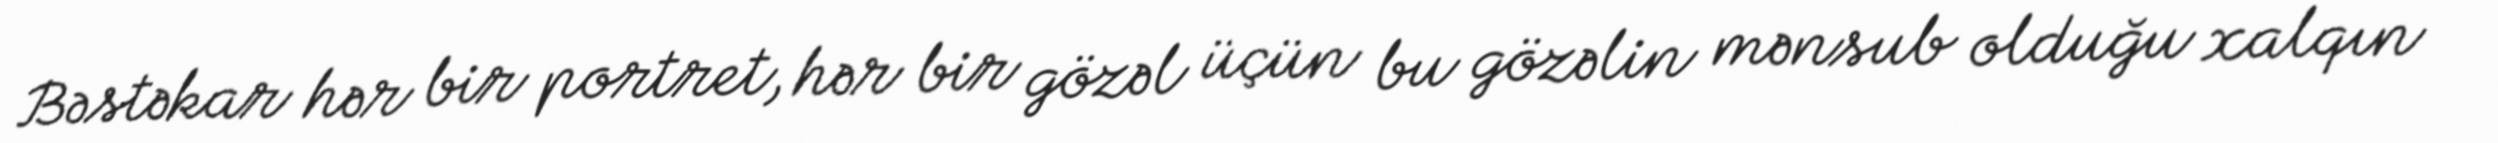
Bəstəkar hər bir portret, hər bir gözəl üçün bu gözəlin mənsub olduğu xalqın